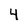
Character: 4